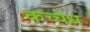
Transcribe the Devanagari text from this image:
कच्चेध